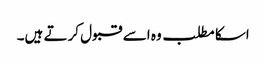
اسکا مطلب وہ اسے قبول کرتے ہیں۔